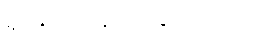
ရှမ်းပြည်နယ်လွှတ်တော်